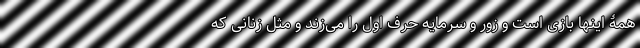
همۀ اینها بازی است و زور و سرمایه حرف اول را می‌زند و مثل زنانی که